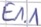
Text: E1.1